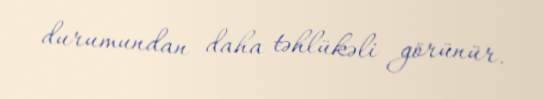
durumundan daha təhlükəli görünür.